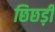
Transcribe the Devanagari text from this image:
छिछड़ी